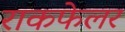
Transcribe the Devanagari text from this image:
राकफेलर